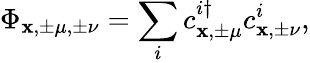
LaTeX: \Phi_{\mathbf{x},\pm\mu,\pm\nu}=\sum_{i}c_{\mathbf{x},\pm\mu}^{i\dagger}c_{\mathbf{x},\pm\nu}^{i},